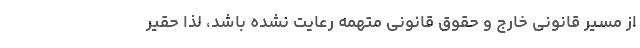
از مسیر قانونی خارج و حقوق قانونی متهمه رعایت نشده باشد، لذا حقیر